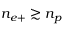
n _ { e + } \gtrsim n _ { p }